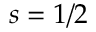
s = 1 / 2